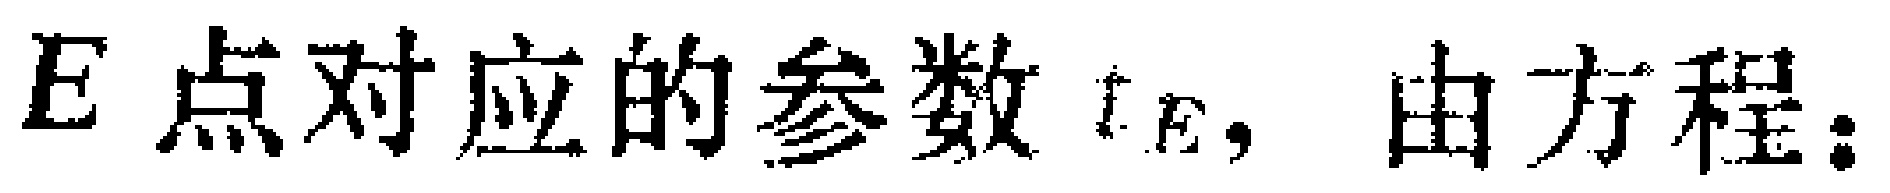
$E$点对应的参数$t_E,$ 由方程：